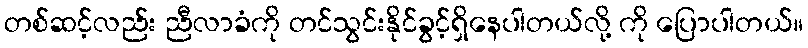
တစ်ဆင့်လည်း ညီလာခံကို တင်သွင်းနိုင်ခွင့်ရှိနေပါတယ်လို့ ကို ပြောပါတယ်။